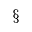
^ \mathsection